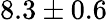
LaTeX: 8.3\pm 0.6